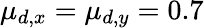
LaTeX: \mu_{d,x}=\mu_{d,y}=0.7